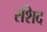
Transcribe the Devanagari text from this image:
रशिद